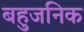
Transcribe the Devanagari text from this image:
बहुजनिक